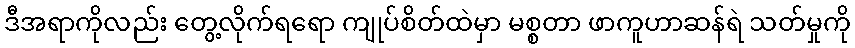
ဒီအရာကိုလည်း တွေ့လိုက်ရရော ကျုပ်စိတ်ထဲမှာ မစ္စတာ ဖာကူဟာဆန်ရဲ သတ်မှုကို